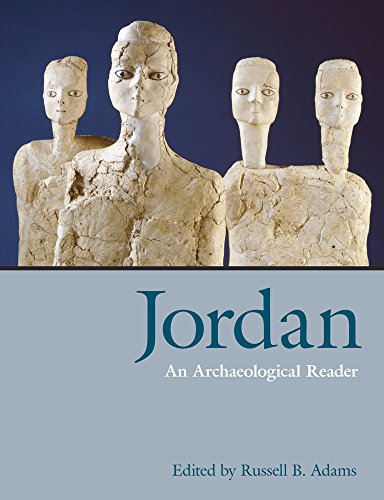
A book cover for Jordan: An Archaeological Reader; History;